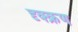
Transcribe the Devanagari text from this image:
दृक्क्रण